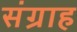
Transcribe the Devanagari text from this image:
संग्राह